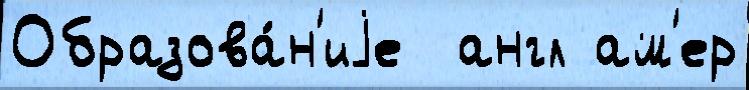
Образова́н'иjе  англ ам'ер